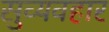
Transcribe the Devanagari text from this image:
सुव्यवहार